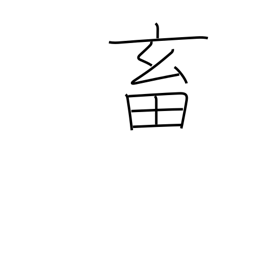
Meaning: domestic fowl and animals